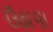
ઉઠાવા